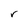
Character: r